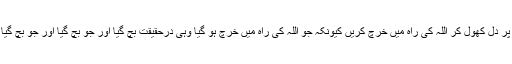
حقوق العباد کا خاص خیال رکھیں خاص طور پر دل کھول کر اللہ کی راہ میں خرچ کریں کیونکہ جو اللہ کی راہ میں خرچ ہو گیا وہی درحقیقت بچ گیا اور جو بچ گیا اور جو بچ گیا وہی اصل میں آخرت میں پہنچنے سے رہ گیا۔